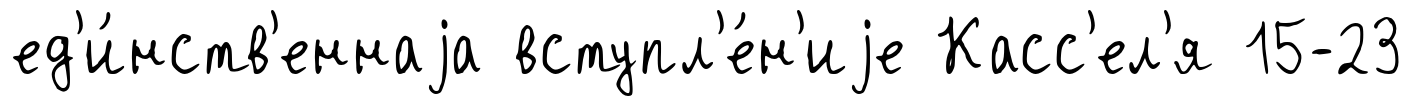
ед'и́нств'еннаjа вступл'е́н'иjе Касс'ел'я 15-23